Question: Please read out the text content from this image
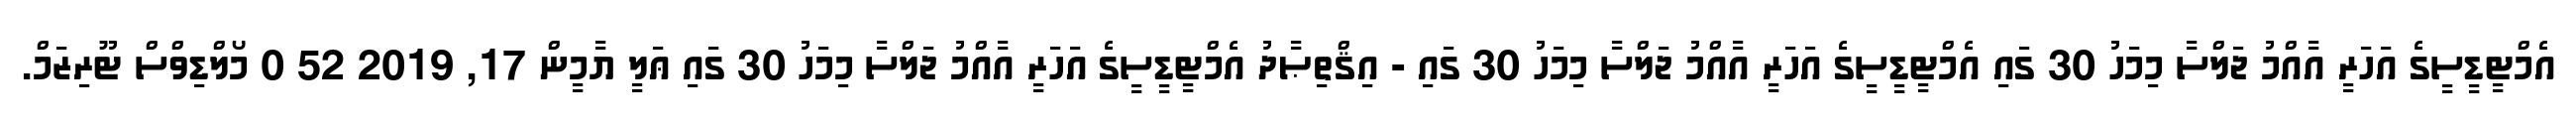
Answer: އެމްޓީޑީސީގެ އަހަރީ އާއްމު ޖަލްސާ މިމަހު 30 ގައި އެމްޓީޑީސީގެ އަހަރީ އާއްމު ޖަލްސާ މިމަހު 30 ގައި - އިޤްތިޞާދު އެމްޓީޑީސީގެ އަހަރީ އާއްމު ޖަލްސާ މިމަހު 30 ގައި ޢަލީ ޔާމީން 17, 2019 52 0 މޯލްޑިވްސް ޓޫރިޒަމް.